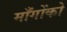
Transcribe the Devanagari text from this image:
माँगोंको